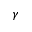
\gamma